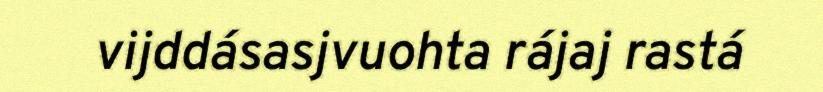
vijddásasjvuohta rájaj rastá